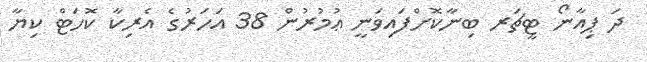
ދަ ޕިއާނޯ ޓީޗަރ ބިނާކޮށްފައިވަނީ ޢުމުރުން 38 އަހަރުގެ އެރިކާ ކޮހަޓް ކިޔާ